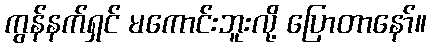
ကွန်နက်ရှင် မကောင်းဘူးလို့ ပြောတာနော်။